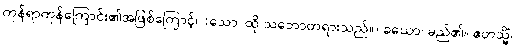
ကုန်ရာကုန်ကြောင်း၏အဖြစ်ကြောင့်။ (သော၊ ထို သဘောတရားသည်။) ခယော၊ မည်၏။ ဧတသ္မိံ၊